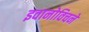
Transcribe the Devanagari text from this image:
इवानोविचने